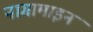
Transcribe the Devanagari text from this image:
नागामाइन